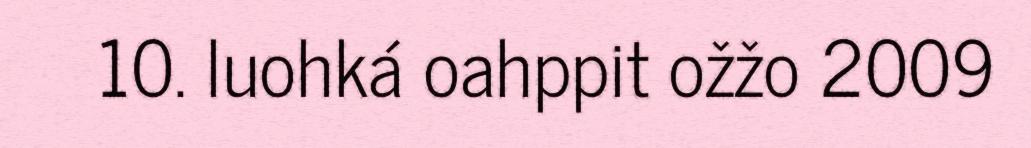
10. luohká oahppit ožžo 2009